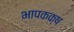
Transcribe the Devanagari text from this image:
भापकक्ष